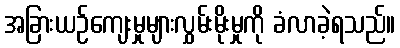
အခြားယဉ်ကျေးမှုများလွှမ်းမိုးမှုကို ခံလာခဲ့ရသည်။